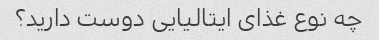
چه نوع غذای ایتالیایی دوست دارید؟